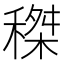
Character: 𥠹